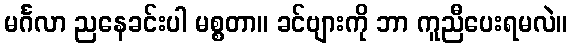
မင်္ဂလာ ညနေခင်းပါ မစ္စတာ။ ခင်ဗျားကို ဘာ ကူညီပေးရမလဲ။